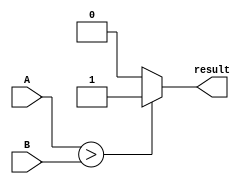
module signed_comparator (
    input signed [31:0] A,
    input signed [31:0] B,
    output reg result
);

always @(*) begin
    if (A > B) begin
        result = 1;
    end else if (A < B) begin
        result = 0;
    end else begin
        result = 2'b10; // indicating equality
    end
end

endmodule